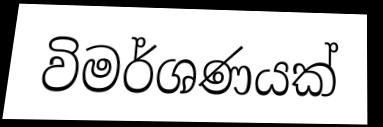
විමර්ශණයක්